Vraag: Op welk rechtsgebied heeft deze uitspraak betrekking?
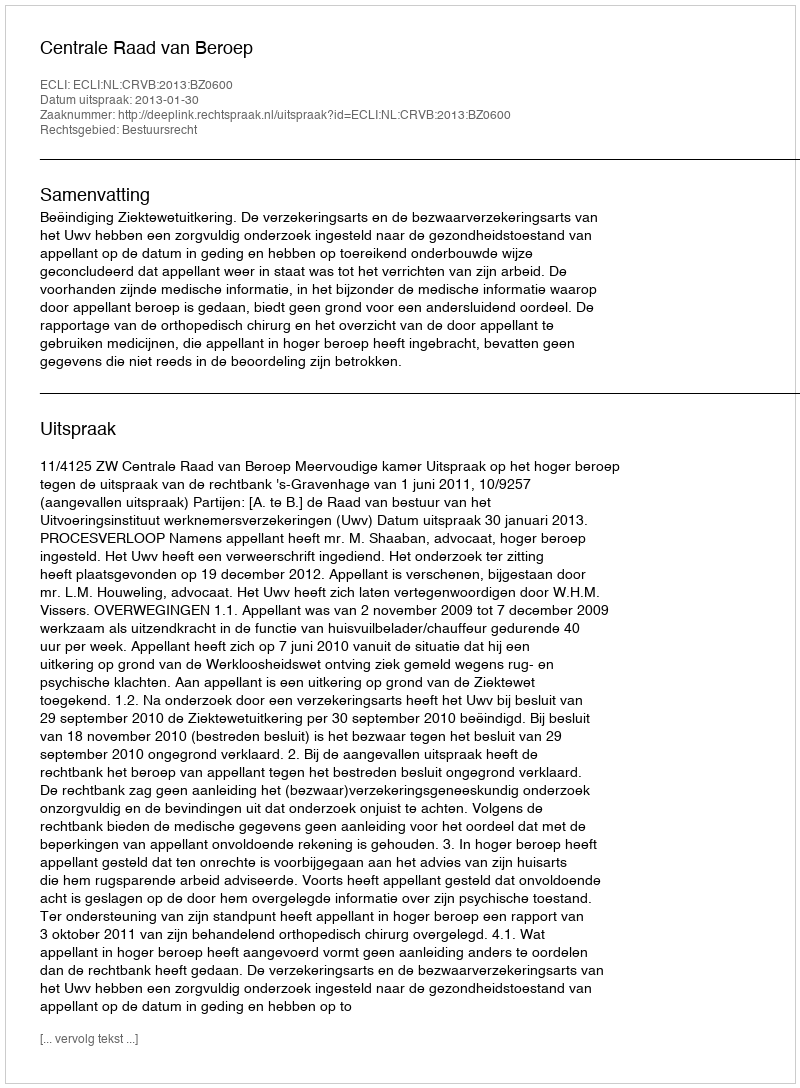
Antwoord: Bestuursrecht